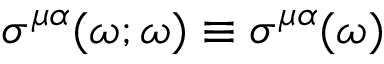
\sigma ^ { \mu \alpha } ( \omega ; \omega ) \equiv \sigma ^ { \mu \alpha } ( \omega )